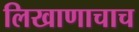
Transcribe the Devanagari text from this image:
लिखाणाचाच